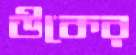
উকের